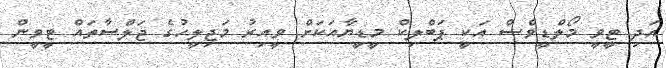
އަދި ޓީވީ މޯލްޑީވްސް އަކީ ޕަބްލިކް މީޑީޔާއަކަށް ވީއިރު މަޖިލީހުގެ ޖަލްސާތައް ޓީވީން